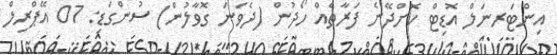
އިންޓަރނަލް އޮޑިޓް ކޮށްދޭނެ ފަރާތެއް ހޯދުން (ދެވަނަ ގޮވާލުން) ސުންގަޑި: 07 އޭޕްރިލް